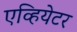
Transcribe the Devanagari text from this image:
एव्हियेटर